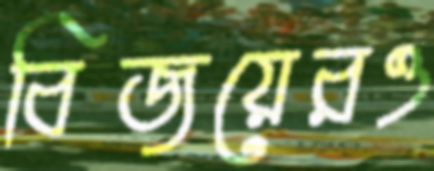
বিজয়েরও